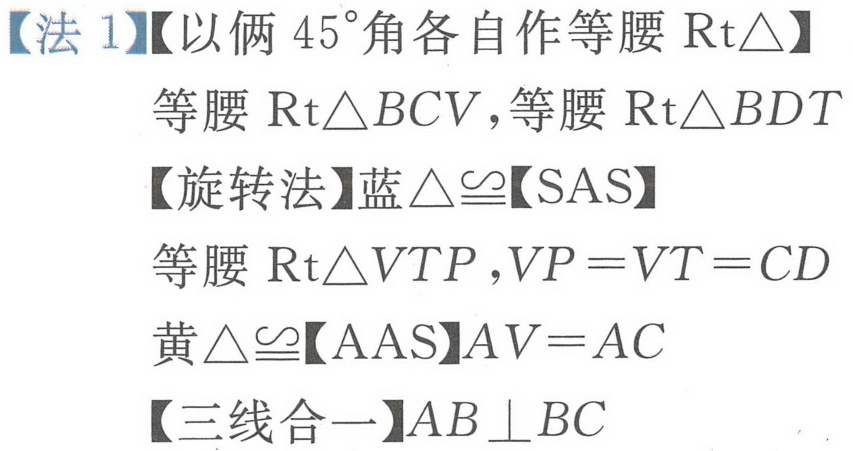
【法 1】【以俩\(45^{\circ}\)角各自作等腰\(\text{Rt}\triangle\)】
等腰\(\text{Rt}\triangle BCV\)，等腰\(\text{Rt}\triangle BDT\)
【旋转法】蓝\(\triangle\cong\)【SAS】
等腰\(\text{Rt}\triangle VTP\)，\(VP = VT = CD\)
黄\(\triangle\cong\)【AAS】\(AV = AC\)
【三线合一】\(AB\perp BC\)